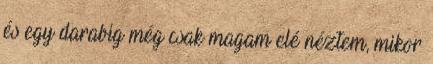
és egy darabig még csak magam elé néztem, mikor